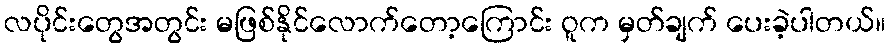
လပိုင်းတွေအတွင်း မဖြစ်နိုင်လောက်တော့ကြောင်း ဝူက မှတ်ချက် ပေးခဲ့ပါတယ်။